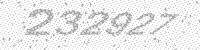
Solution: 232927